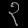
Digit: ၃